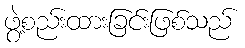
ဖွဲ့စည်းထားခြင်းဖြစ်သည်